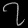
Digit: ၇